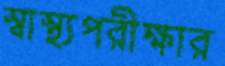
স্বাস্থ্যপরীক্ষার